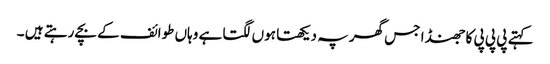
کہتے پی پی پی کا جھنڈا جس گھر پہ دیکھتا ہوں لگتا ہے وہاں طوائف کے بچے رہتے ہیں ۔